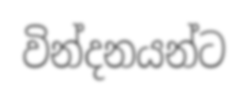
වින්දනයන්ට